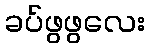
ခပ်ဖွဖွလေး